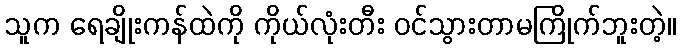
သူက ရေချိုးကန်ထဲကို ကိုယ်လုံးတီး ဝင်သွားတာမကြိုက်ဘူးတဲ့။